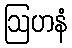
ဩဟနံ